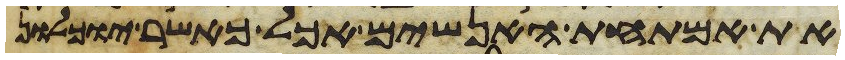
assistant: את אמתחת האנשים אכל כאשר יוכלון